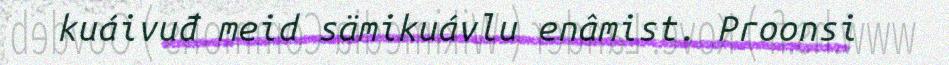
kuáivuđ meid sämikuávlu enâmist. Proonsi